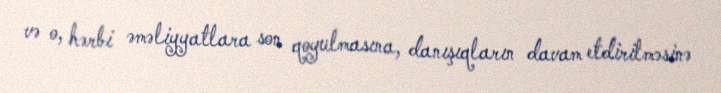
və o, hərbi əməliyyatlara son qoyulmasına, danışıqların davam etdirilməsinə